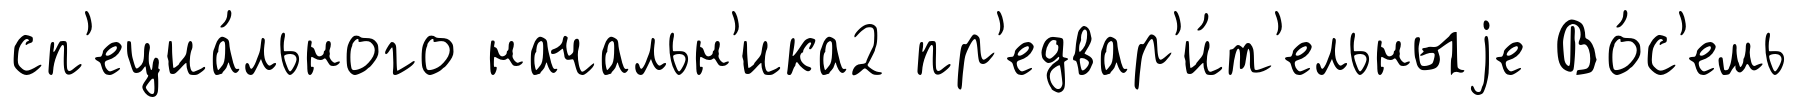
сп'ециа́льного начальн'ика2 пр'едвар'и́т'ельныjе Во́с'емь